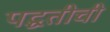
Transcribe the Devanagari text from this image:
पद्घतीची